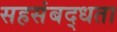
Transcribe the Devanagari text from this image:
सहसंबद्धता